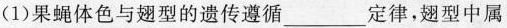
(1)果蝇体色与翅型的遗传遵循___定律，翅型中属